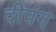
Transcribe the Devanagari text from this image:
दीपंग